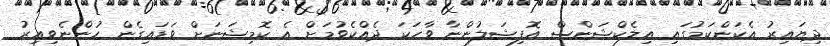
ދިޔައިރު އެކަންކަމުގައި އިލެކްޝަންސް އޮފިޝަލުންނާ ވާހަކަ ދެއްކެވުމަށް އެ ކޮމިޝަނަށް ވަޑައިގެން ހުންނެވިއިރު